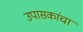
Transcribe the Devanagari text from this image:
उपासकांचा